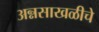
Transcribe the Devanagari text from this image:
अन्नसाखळीचे